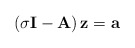
\begin{align*}\left( \sigma {\bf I} - {\bf A} \right) {\bf z} = {\bf a}\end{align*}